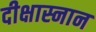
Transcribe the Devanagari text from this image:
दीक्षास्नान